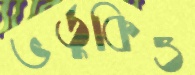
ভর্তুকিও